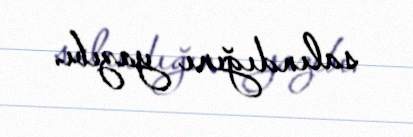
salındığını yazıbı.